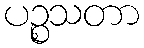
ပဉ္စသတာ